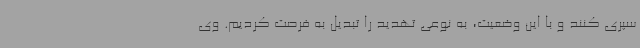
سپری کنند و با این وضعیت، به نوعی تهدید را تبدیل به فرصت کردیم. وی